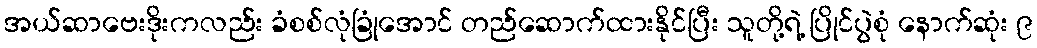
အယ်ဆာဗေးဒိုးကလည်း ခံစစ်လုံခြုံအောင် တည်ဆောက်ထားနိုင်ပြီး သူတို့ရဲ့ ပြိုင်ပွဲစုံ နောက်ဆုံး ၉